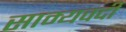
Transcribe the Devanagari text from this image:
साम्यवदी